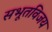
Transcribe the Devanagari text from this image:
सभूतविजय